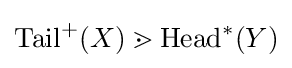
\mathrm {Tail} ^{+}(X)\gtrdot \mathrm {Head} ^{*}(Y)